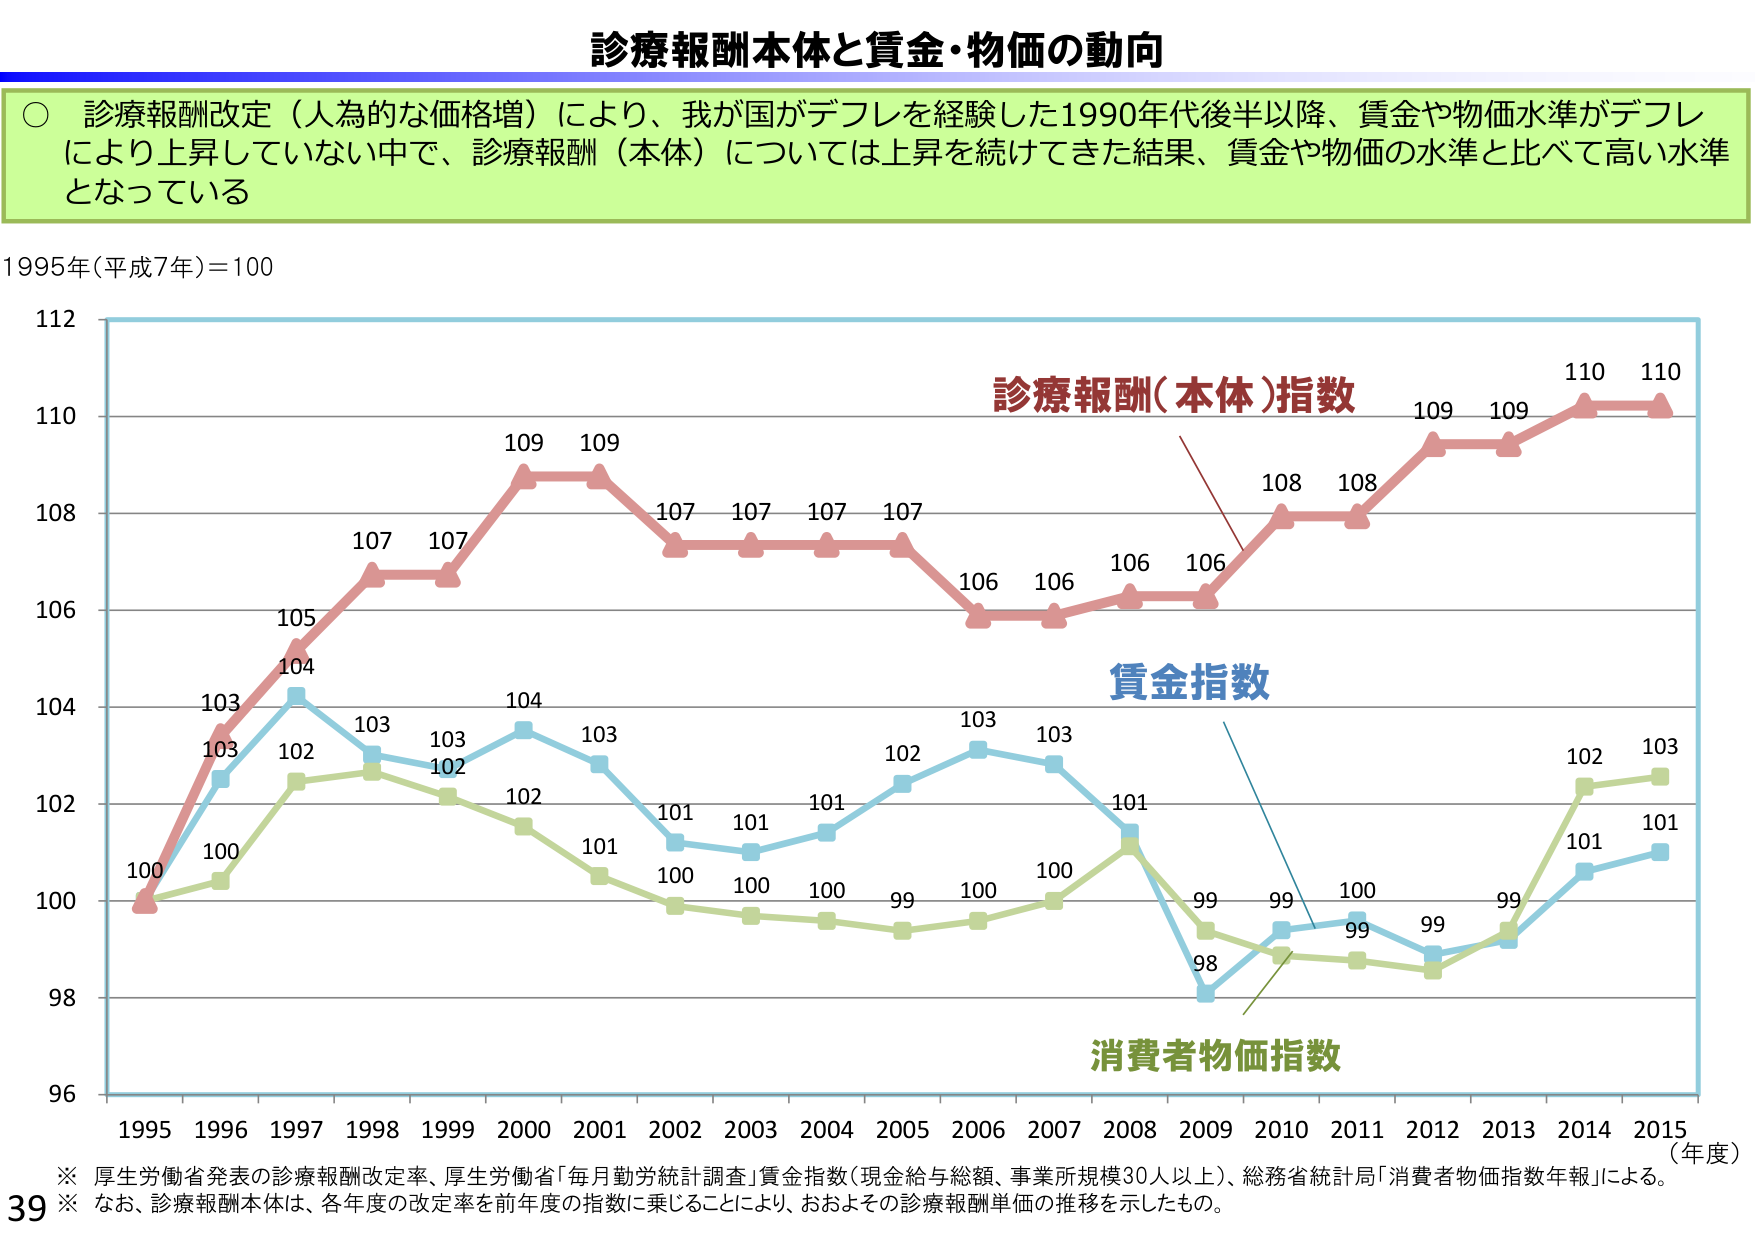
診療報酬本体と賃金・物価の動向

○ 診療報酬改定（人為的な価格増）により、我が国がデフレを経験した1990年代後半以降、賃金や物価水準がデフレにより上昇していない中で、診療報酬（本体）については上昇を続けてきた結果、賃金や物価の水準と比べて高い水準となっている

1995年(平成7年)=100

112
110
108
106
104
102
100
98
96

診療報酬(本体)指数
100 103 105 107 107 109 109 107 107 107 106 106 106 106 108 108 109 109 110 110

賃金指数
100 103 104 103 102 103 102 101 101 101 102 103 103 101 98 99 99 99 100 101 103

消費者物価指数
100 100 102 103 102 101 100 100 100 99 100 100 101 99 99 98 99 99 101 102 103

1995 1996 1997 1998 1999 2000 2001 2002 2003 2004 2005 2006 2007 2008 2009 2010 2011 2012 2013 2014 2015（年度）

※ 厚生労働省発表の診療報酬改定率、厚生労働省「毎月勤労統計調査」賃金指数（現金給与総額、事業所規模30人以上）、総務省統計局「消費者物価指数年報」による。
※ なお、診療報酬本体は、各年度の改定率を前年度の指数に乗じることにより、おおよその診療報酬単価の推移を示したもの。

39